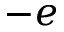
- e